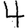
Digit: 4